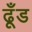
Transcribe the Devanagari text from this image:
ढूँड